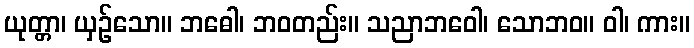
ယုတ္တာ၊ ယှဉ်သော။ ဘဓေါ၊ ဘဝတည်း။ သညာဘဝေါ၊ သောဘဝ။ ဝါ၊ ကား။